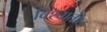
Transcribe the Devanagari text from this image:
विश्‍वातील